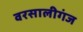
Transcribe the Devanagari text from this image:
वरसालीगंज